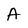
Character: A